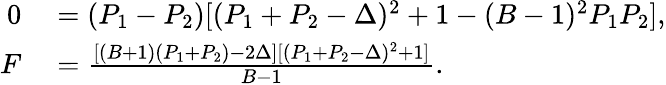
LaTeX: \begin{array}{rl}{0}&{{}=(P_{1}-P_{2})[(P_{1}+P_{2}-\Delta)^{2}+1-(B-1)^{2}P_{1}P_{2}],}\\ {F}&{{}=\frac{[(B+1)(P_{1}+P_{2})-2\Delta][(P_{1}+P_{2}-\Delta)^{2}+1]}{B-1}.}\end{array}